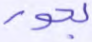
بحور